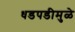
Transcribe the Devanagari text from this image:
धडपडीमुळे